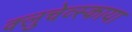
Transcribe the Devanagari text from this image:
क्लुचेव्स्काया